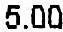
5.00